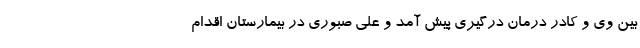
بین وی و کادر درمان درگیری پیش آمد و علی صبوری در بیمارستان اقدام